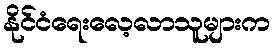
နိုင်ငံရေးလေ့လာသူများက